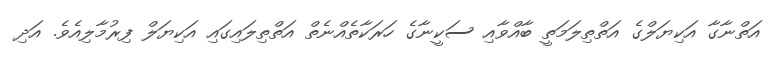
އަތްނާގާ އަކިޔަލްގެ އަތްތިލަމަތީ ބާއްވާއި ސަކީނާގެ ހަރަކާތެއްނެތް އަތްތިލައިގައި އަކިޔަލް ފިރުމާލިއެވެ. އަދި